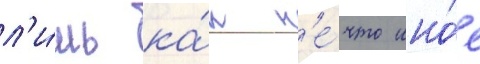
л'и́шь ка́к н'е́что ино́е